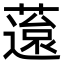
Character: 䕂